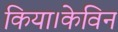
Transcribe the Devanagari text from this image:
किया।केविन